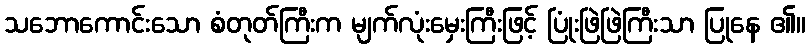
သဘောကောင်းသော စံတုတ်ကြီးက မျက်လုံးမှေးကြီးဖြင့် ပြုံးဖြဲဖြဲကြီးသာ ပြုနေ ၏။